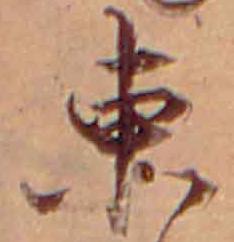
東